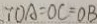
\because O A = O C = O B